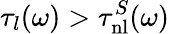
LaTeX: \tau_{l}(\omega)>\tau_{\mathrm{nl}}^{S}(\omega)